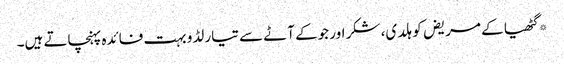
*گٹھیا کے مریض کو ہلدی، شکر اور جوکے آٹے سے تیار لڈو بہت فائدہ پہنچاتے ہیں۔